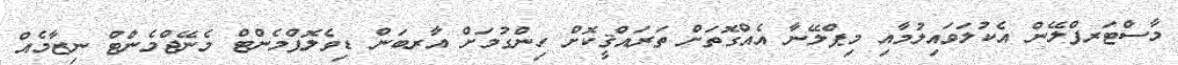
މާސްޓަރޕްލޭން އެކުލަވައިލުމާއި މިޕްލޭނާ އެއްގޮތަށް ތަރައްޤީކޮށް ހިންގުމަށް އާރބަން ޑިވެލޮޕްމެންޓް މެނޭޖްމެންޓް ނިޒާމެއް